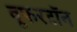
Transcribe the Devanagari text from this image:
वूफरटॉन